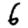
Digit: 6